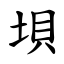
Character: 垻